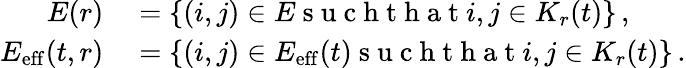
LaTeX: \begin{array}{rl}{E(r)}&{{}=\{ (i,j)\in E\mathrm{~s~u~c~h~t~h~a~t~}i,j\in K_{r}(t)\} \, ,}\\ {E_{\mathrm{eff}}(t,r)}&{{}=\{ (i,j)\in E_{\mathrm{eff}}(t)\mathrm{~s~u~c~h~t~h~a~t~}i,j\in K_{r}(t)\} \, .}\end{array}